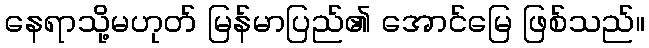
နေရာသို့မဟုတ် မြန်မာပြည်၏ အောင်မြေ ဖြစ်သည်။